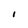
Character: I